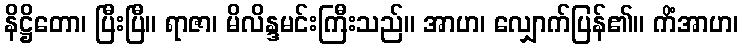
နိဋ္ဌိတော၊ ပြီးပြီ။ ရာဇာ၊ မိလိန္ဒမင်းကြီးသည်။ အာဟ၊ လျှောက်ပြန်၏။ ကိံအာဟ၊